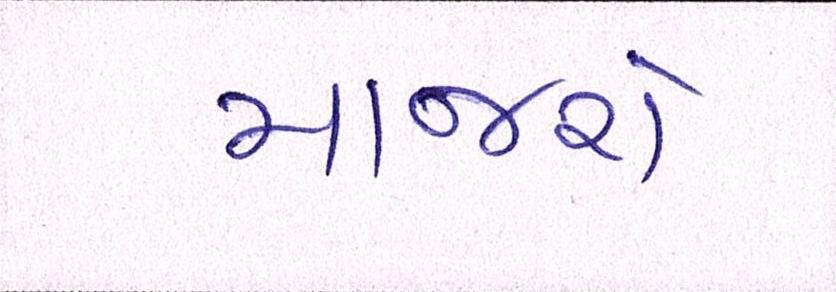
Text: માજરો